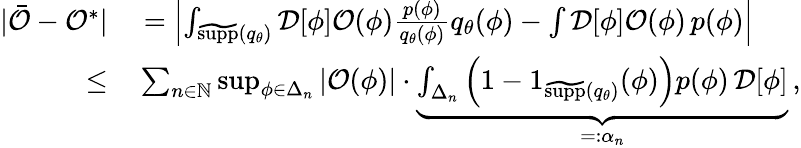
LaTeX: \begin{array}{rl}{\vert\bar{\mathcal{O}}-\mathcal{O}^{*}\vert}&{{}=\left\vert\int_{\widetilde{\textrm{supp}}({q}_{\theta})}\mathcal{D}[\phi]\mathcal{O}(\phi)\frac{p(\phi)}{q_{\theta}(\phi)}q_{\theta}(\phi)-\int\mathcal{D}[\phi]\mathcal{O}(\phi)\, p(\phi)\right\vert}\\ {\leq}&{{}\sum_{n\in\mathbb{N}}\operatorname*{sup}_{\phi\in\Delta_{n}}\left\vert\mathcal{O}(\phi)\right\vert\cdot\underbrace{\int_{\Delta_{n}}\left(1-1_{\widetilde{\textrm{supp}}({q}_{\theta})}(\phi)\right)p(\phi)\, \mathcal{D}[\phi]}_{=:\alpha_{n}}\, ,}\end{array}